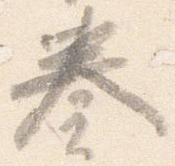
奏